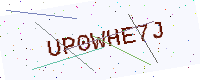
Text: UP0WHE7J